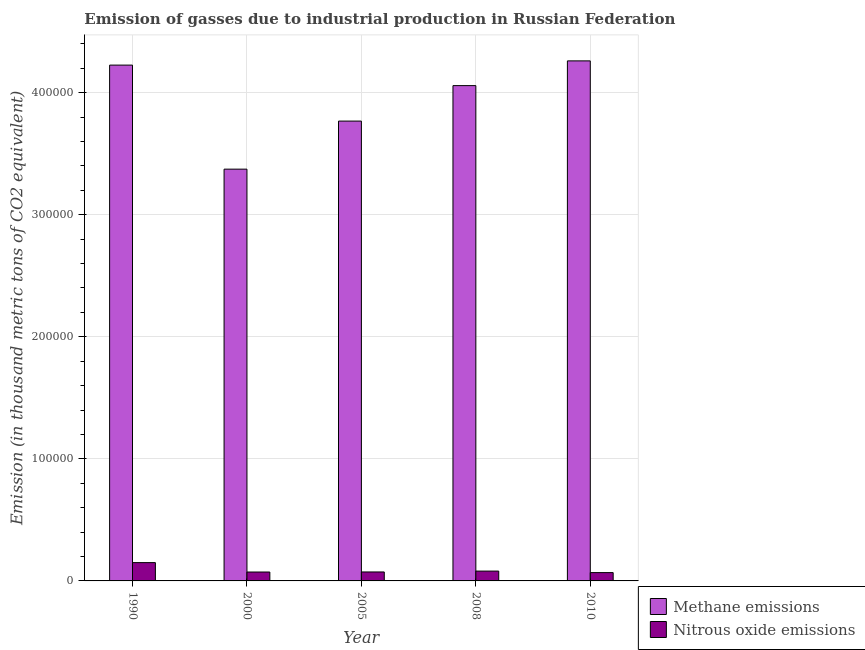
| Year | Methane emissions | Nitrous oxide emissions |
 | --- | --- | --- |
 | 1990 | 4.23e+05 | 1.5e+04 |
 | 2000 | 3.37e+05 | 7.29e+03 |
 | 2005 | 3.77e+05 | 7.34e+03 |
 | 2008 | 4.06e+05 | 8.06e+03 |
 | 2010 | 4.26e+05 | 6.81e+03 |